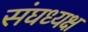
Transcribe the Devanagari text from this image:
संघध्यक्ष